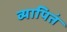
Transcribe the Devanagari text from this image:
व्यापितं